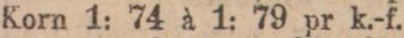
Korn 1: 74 à 1: 79 pr k.-f.